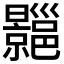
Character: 𢀍